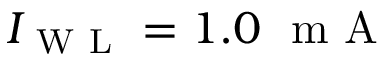
I _ { \mathrm { ~ W ~ L ~ } } = 1 . 0 ~ \mathrm { ~ m ~ A ~ }